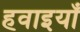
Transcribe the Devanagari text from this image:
हवाइयाँ